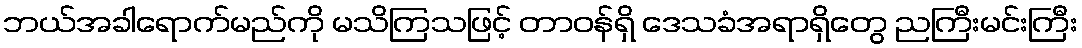
ဘယ်အခါရောက်မည်ကို မသိကြသဖြင့် တာဝန်ရှိ ဒေသခံအရာရှိတွေ ညကြီးမင်းကြီး